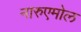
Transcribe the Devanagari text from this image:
नारुएमोल